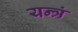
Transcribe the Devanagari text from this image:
यन्त्रं